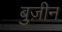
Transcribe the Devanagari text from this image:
बुज़ीन